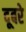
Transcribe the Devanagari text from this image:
दूबरे